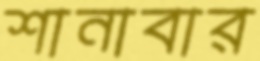
শানাবার